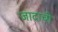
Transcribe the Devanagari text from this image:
जादाची